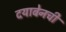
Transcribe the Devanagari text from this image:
दयाबेनची